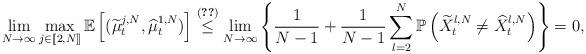
LaTeX: \begin{align*}\lim_{N\to \infty}\max_{j \in [\![2,N]\!]} \mathbb{E}\left[(\widetilde{\mu}^{j,N}_t,\widehat{\mu}^{1,N}_t)\right]\overset{(\ref{stima_hat})}{\leq}\lim_{N\to \infty}\left\{ \frac{1}{N-1}+ \frac{1}{N-1}\sum_{l=2}^N \mathbb{P}\left(\widetilde{X}^{l,N}_t\neq \widehat{X}^{l,N}_t\right)\right\}=0,\end{align*}